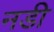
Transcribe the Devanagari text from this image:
नडी